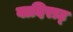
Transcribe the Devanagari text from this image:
वादिराट्